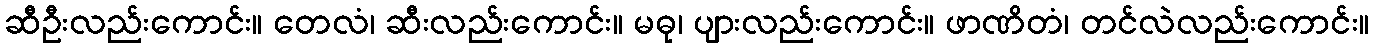
ဆီဦးလည်းကောင်း။ တေလံ၊ ဆီးလည်းကောင်း။ မဓု၊ ပျားလည်းကောင်း။ ဖာဏိတံ၊ တင်လဲလည်းကောင်း။